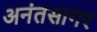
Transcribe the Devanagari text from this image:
अनंतसागर